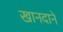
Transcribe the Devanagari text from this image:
खानदाने